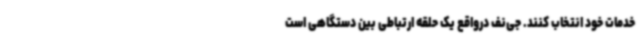
خدمات خود انتخاب کنند. جی‌نف درواقع یک حلقه ارتباطی بین دستگاهی است